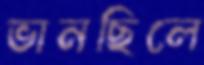
ভানছিলে